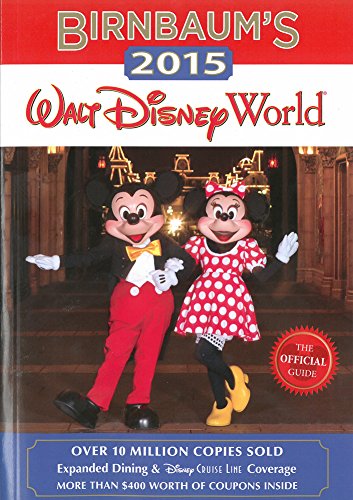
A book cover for Birnbaum's 2015 Walt Disney World: The Official Guide (Birnbaum Guides); Birnbaum Guides; History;